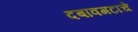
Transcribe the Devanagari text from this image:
दबावगटाचे